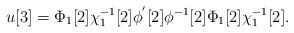
LaTeX: \begin{align*}u[3]=\Phi_{1} [2]\chi_{1}^{-1}[2] \phi^{'}[2] \phi^{-1}[2] \Phi_{1} [2] \chi^{-1}_{1} [2].\end{align*}